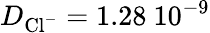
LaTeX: D_{\textrm{Cl}^{-}}=1.28~10^{-9}